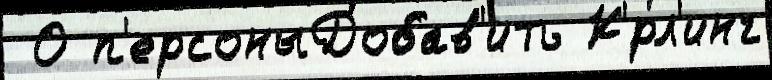
 О п'ерсоныДобав'ить К'́рл'инг